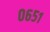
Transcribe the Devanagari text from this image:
०६५१